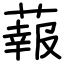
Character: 蕔